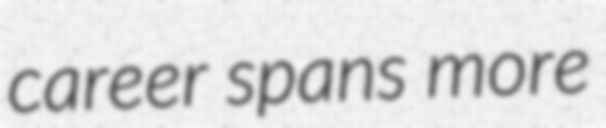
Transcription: career spans more